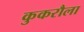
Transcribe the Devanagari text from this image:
कुकरौला